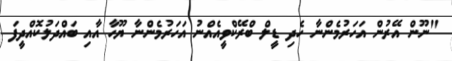
"ނޫން އޭރުން އަހަރުމެންނާ ހެދި ޑީލް ބްރޭކްވީއެއްނު އަހަރުމެންނާ ޔޫހާ އާއި ބައްދަލުކޮއްދީފަ